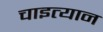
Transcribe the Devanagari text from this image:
चाइत्यान